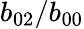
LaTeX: b_{02}/b_{00}